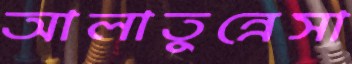
আলাতুন্নেসা